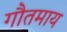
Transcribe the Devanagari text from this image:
गौतमाय